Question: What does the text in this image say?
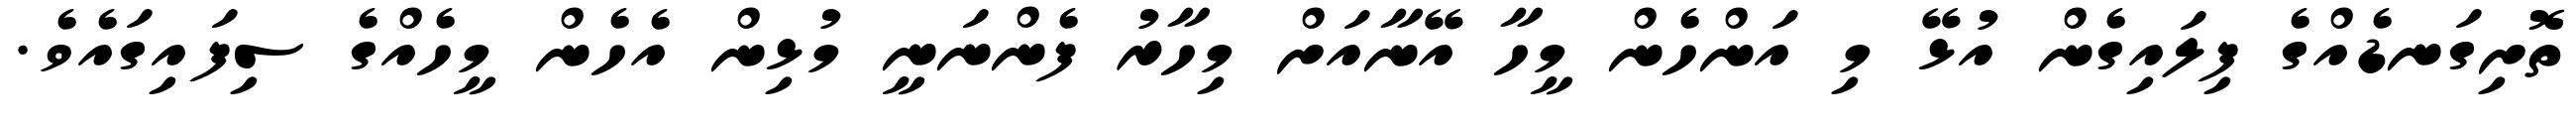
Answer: ތޮށިގަނޑެއްގެ ފިލައިގެން އުޅޭ މި އަންހެން މީހާ އޭނާއަށް މިހާރު ފެންނަނީ މުޅިން އެހެން މީހެއްގެ ސިފައިގައެވެ.